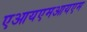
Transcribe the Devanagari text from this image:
एआयएमआयएम